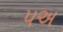
૫અ